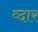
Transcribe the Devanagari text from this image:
व्दार